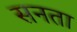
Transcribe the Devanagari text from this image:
सनता